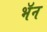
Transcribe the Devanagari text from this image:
भॅन